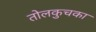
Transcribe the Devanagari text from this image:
तोलकुचका